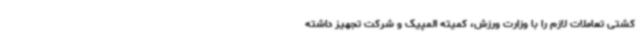
کشتی تعاملات لازم را با وزارت ورزش، کمیته المپیک و شرکت تجهیز داشته